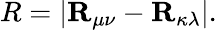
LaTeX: R=|\mathbf{R}_{\mu\nu}-\mathbf{R}_{\kappa\lambda}|.